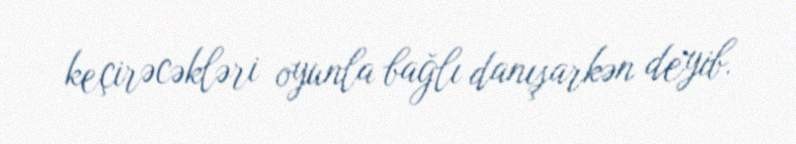
keçirəcəkləri oyunla bağlı danışarkən deyib.